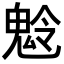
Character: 𩲩